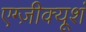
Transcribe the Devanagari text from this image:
एग्ज़ीक्यूशं